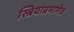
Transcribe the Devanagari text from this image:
स्त्रियांप्रमाणेच